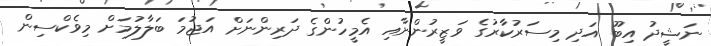
ނަޝީދު އިބޫ އަދި މިސަރުކާރުގެ ވަޒީރުންނާއި އެމީހުންގެ ދަރިންނަށް އަޖުމަ ބަލާލުމަށް މިވެކްސިން